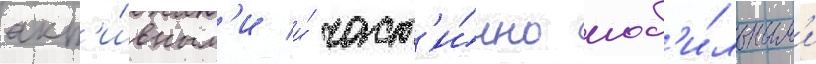
акт'и́вным'и и́ част'и́чно моб'и́льным'и